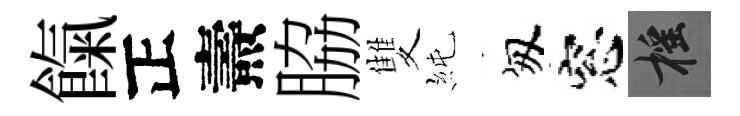
餼正燾脇雙純匆窓摇